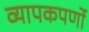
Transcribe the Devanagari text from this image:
व्यापकपर्णो